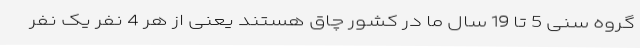
گروه سنی 5 تا 19 سال ما در کشور چاق هستند یعنی از هر 4 نفر یک نفر